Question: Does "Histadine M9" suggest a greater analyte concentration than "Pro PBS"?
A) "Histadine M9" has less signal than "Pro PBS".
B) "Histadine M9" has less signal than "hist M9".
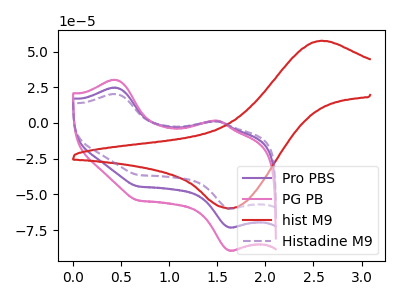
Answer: <think>The purple curve "Pro PBS" has anodic peaks at (0.45V, 24.70uA) (1.50V, 1.35uA) and cathodic peaks at (1.65V, -73.05uA) (0.65V, -44.35uA). The pink curve "PG PB" has anodic peaks at (0.45V, 49.45uA) (1.50V, 2.70uA) and cathodic peaks at (1.65V, -146.15uA) (0.65V, -88.70uA). The red curve "hist M9" has an anodic peak at (2.60V, 57.60uA) and a cathodic peak at (1.65V, -59.70uA). The purple dashed curve "Histadine M9" has anodic peaks at (0.45V, 20.25uA) (1.50V, 1.10uA) and cathodic peaks at (1.65V, -59.85uA) (0.65V, -36.30uA).
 All the peaks in "Histadine M9" have a peak in "Pro PBS" at the same potential. Every peak in "Histadine M9" is lower than every peak in "Pro PBS".</think>
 <answer>A) "Histadine M9" has less signal than "Pro PBS".</answer>
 <eval>A</eval>